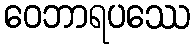
ဝေဘာရပဿေ